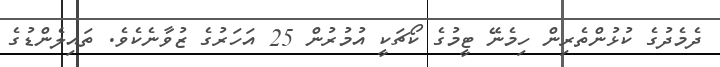
ދެމެދުގެ ކުޅުންތެރިން ހިމެނޭ ޓީމުގެ ކޯޗަކީ އުމުރުން 25 އަހަރުގެ ޒުވާނެކެވެ. ތައިލެންޑުގެ